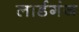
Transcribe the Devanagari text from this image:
लार्डगंज